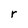
Character: r